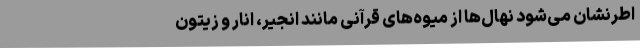
اطرنشان می‌شود نهال‌ها از میوه‌های قرآنی مانند انجیر، انار و زیتون